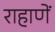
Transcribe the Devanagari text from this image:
राहाणें